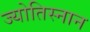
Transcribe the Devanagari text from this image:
ज्योतिस्नान